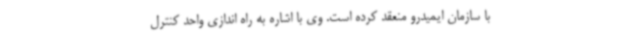
با سازمان ایمیدرو منعقد کرده است. وی با اشاره به راه اندازی واحد کنترل